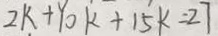
2 k + 1 0 k + 1 5 k = 2 7